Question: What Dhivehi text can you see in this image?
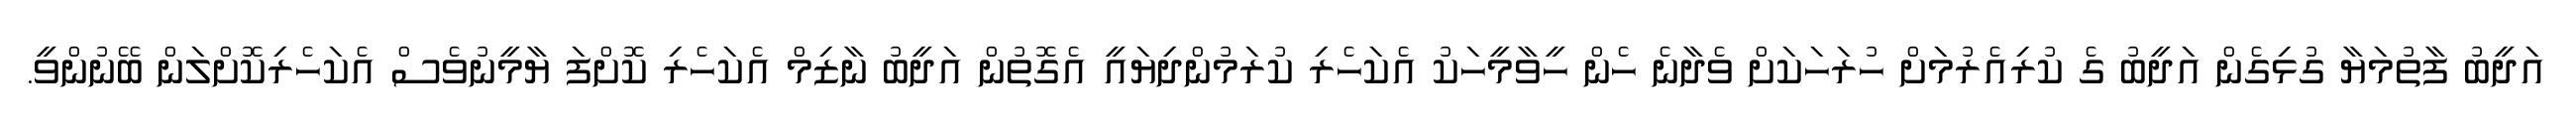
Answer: އަދީބު ފާތުމަޔާ ގުޅިގެން އަދީބު ގެ ކުރިއެރުމަށް ހުރަހަކަށް ވެދާނެ ހެން ހީވާމީހަކު އެކަހެރި ކުރަމުންދިޔައީ އެގޮތުން އަދީބު ނާޒިމް އެކަހެރި ކޮށްފަ ޔާމީނުވެސް އެކަހެރިކޮށްލަން ބޭނުންވީ.